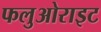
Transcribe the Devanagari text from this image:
फलुओराइट